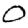
Digit: 0